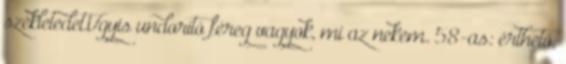
székletedet.Ugyis undorító féreg vagyok, mi az nekem. 58-as: érthető,